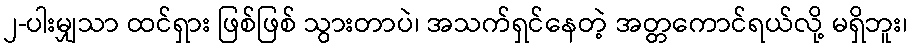
၂-ပါးမျှသာ ထင်ရှား ဖြစ်ဖြစ် သွားတာပဲ၊ အသက်ရှင်နေတဲ့ အတ္တကောင်ရယ်လို့ မရှိဘူး၊